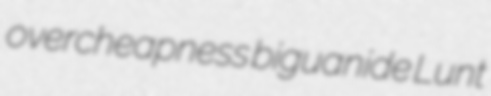
overcheapness biguanide Lunt